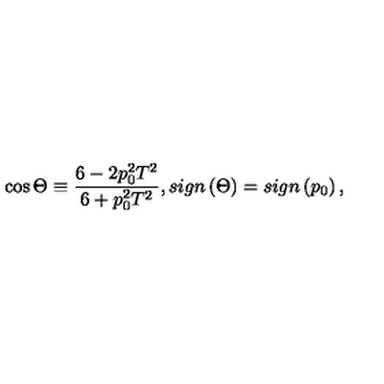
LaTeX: \cos \Theta \equiv \frac { 6 - 2 p _ { 0 } ^ { 2 } T ^ { 2 } } { 6 + p _ { 0 } ^ { 2 } T ^ { 2 } } , s i g n \left( \Theta \right) = s i g n \left( p _ { 0 } \right) ,